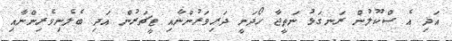
އަދި އެ ސްކޫލުން ރަނގަޅު ނަތީޖާ ހޯދަނީ ދަރިވަރުންނާއި ޓީޗަރުން އަދި ބެލެނިވެރިންނާއި